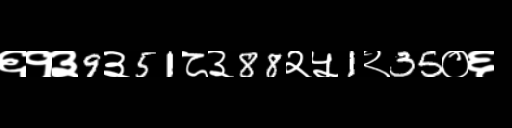
Text: ६१३9३51८३88२५1२35०६